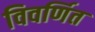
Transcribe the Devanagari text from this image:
विवर्णित